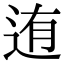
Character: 迶